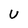
Character: U